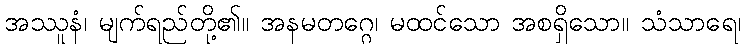
အဿူနံ၊ မျက်ရည်တို့၏။ အနမတဂ္ဂေ၊ မထင်သော အစရှိသော။ သံသာရေ၊